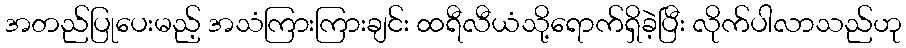
အတည်ပြုပေးမည့် အသံကြားကြားချင်း ထရီလီယံသို့ရောက်ရှိခဲ့ပြီး လိုက်ပါလာသည်ဟု